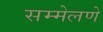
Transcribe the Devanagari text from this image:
सम्मेलणे